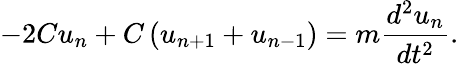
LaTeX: -2Cu_{n}+C\left(u_{n+1}+u_{n-1}\right)=m{\frac{d^{2}u_{n}}{dt^{2}}}.